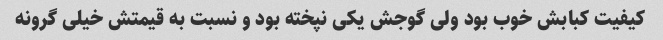
کیفیت کبابش خوب بود ولی گوجش یکی نپخته بود و نسبت به قیمتش خیلی گرونه